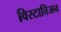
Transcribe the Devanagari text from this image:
विस्टाविजन